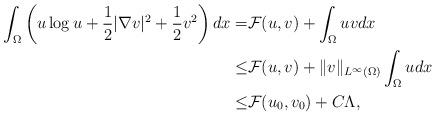
LaTeX: \begin{align*}\int_\Omega \left(u\log u+\frac{1}{2}|\nabla v|^2+\frac12v^2 \right)dx=&\mathcal{F}(u,v)+\int_\Omega u vdx\\\leq&\mathcal{F}(u,v)+\|v\|_{L^\infty(\Omega)}\int_\Omega udx\\\leq&\mathcal{F}(u_0,v_0)+C\Lambda,\end{align*}